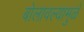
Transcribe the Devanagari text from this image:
बोलावल्यामुळे